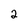
Character: 2